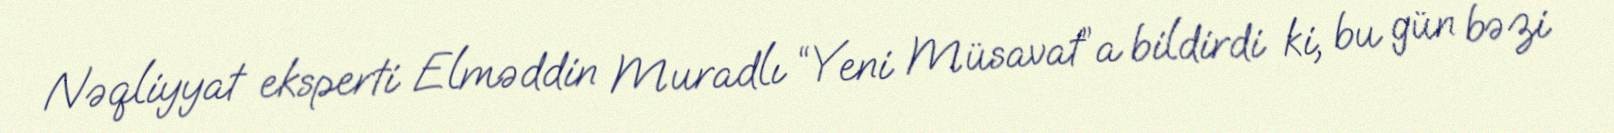
Nəqliyyat eksperti Elməddin Muradlı “Yeni Müsavat”a bildirdi ki, bu gün bəzi